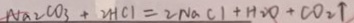
N a _ { 2 } C O _ { 3 } + 2 H C L = 2 N a C l + H _ { 2 } O + C O _ { 2 } \uparrow